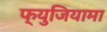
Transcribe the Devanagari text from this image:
फ्युजियामा